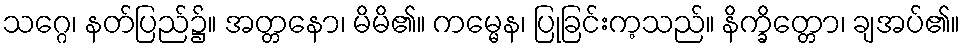
သဂ္ဂေ၊ နတ်ပြည်၌။ အတ္တနော၊ မိမိ၏။ ကမ္မေန၊ ပြုခြင်းက့သည်။ နိက္ခိတ္တော၊ ချအပ်၏။